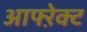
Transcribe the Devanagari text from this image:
आफ्ऱेक्ट